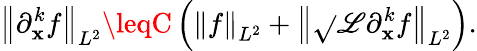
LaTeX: \left\| \partial_{\mathbf{x}}^{k}f\right\| _{L^{2}}\leqC\left(\left\| f\right\| _{L^{2}}+\left\| \sqrt{}{{\mathscr{{L}}}}\partial_{\mathbf{x}}^{k}f\right\| _{L^{2}}\right).